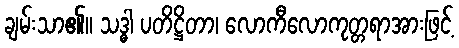
ချမ်းသာ၏။ သဒ္ဓါ ပတိဋ္ဌိတာ၊ လောကီလောကုတ္တရာအားဖြင့်